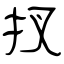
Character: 扠